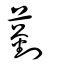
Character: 藰